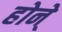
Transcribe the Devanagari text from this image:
होने्